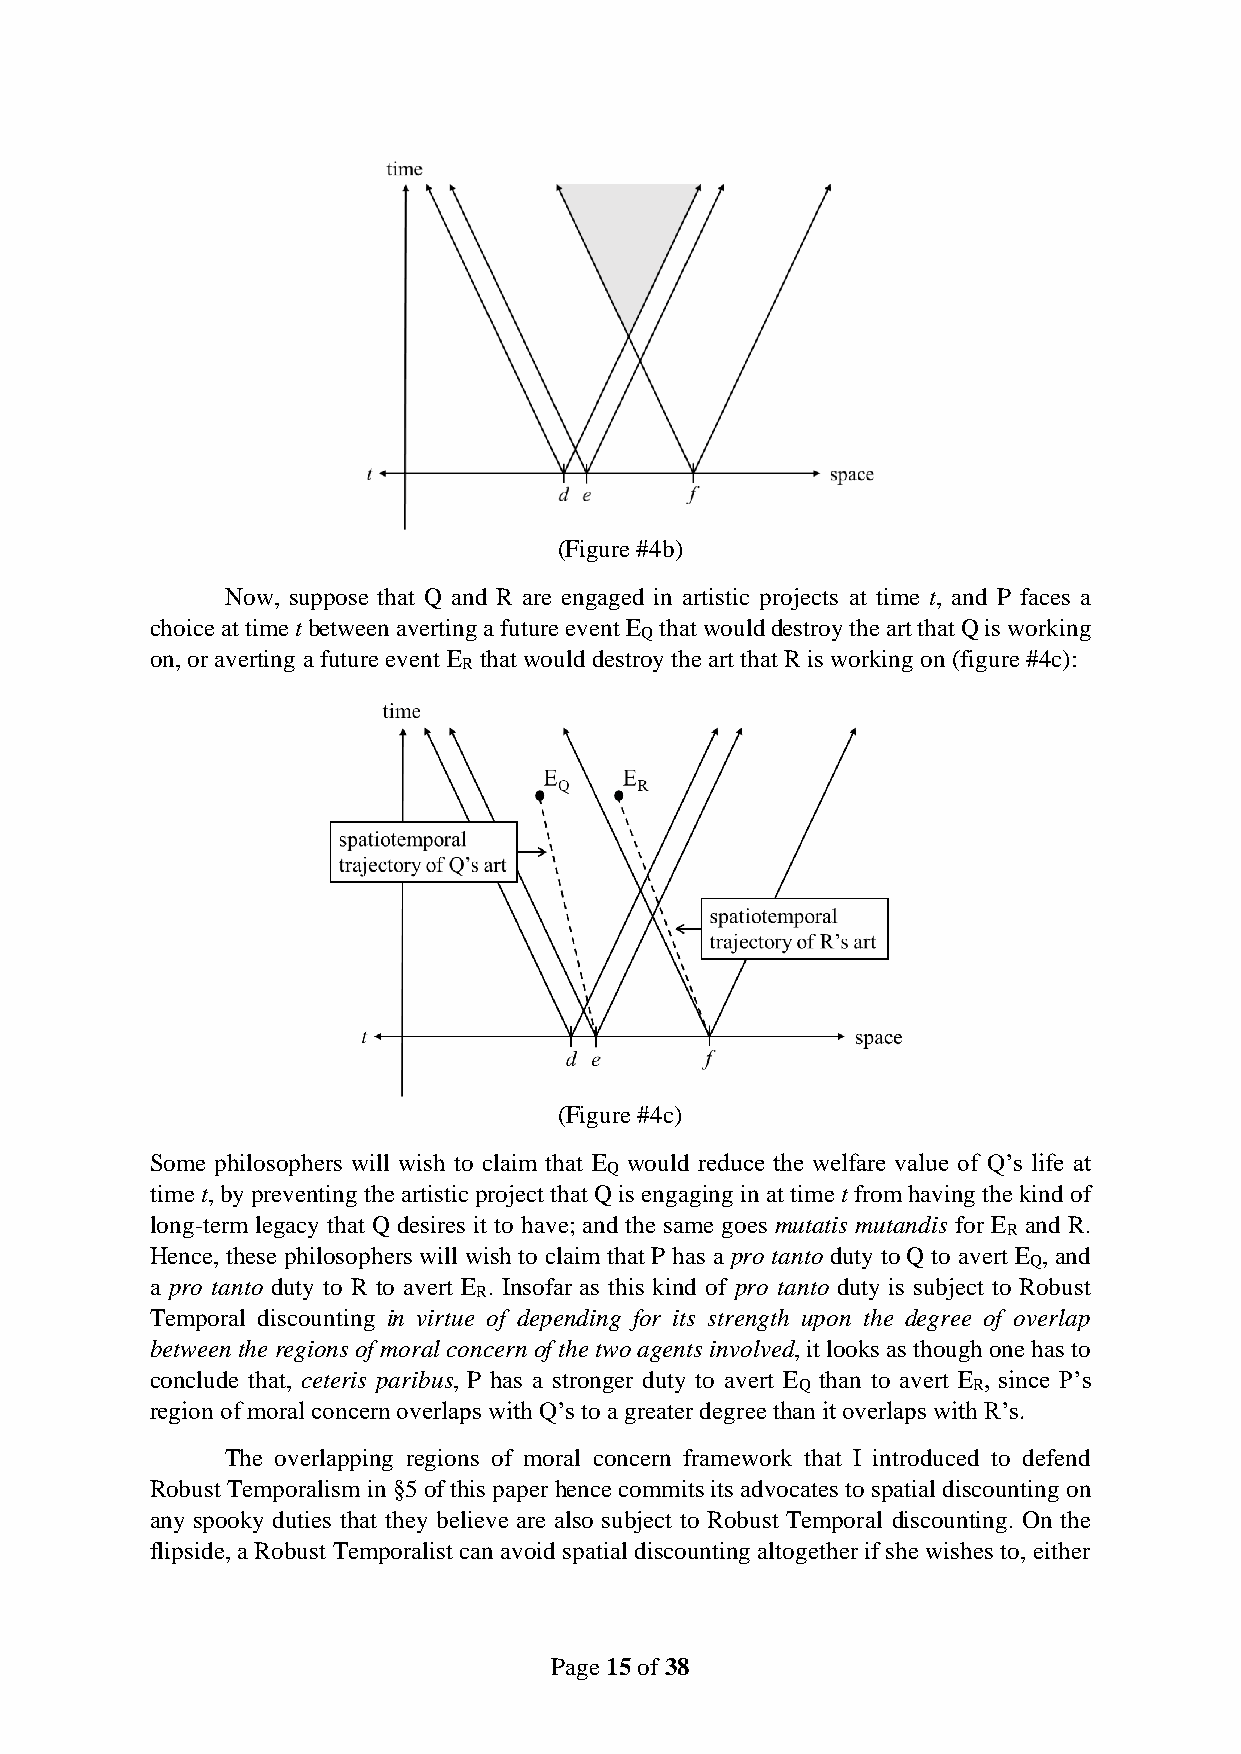
(Figure #4b)
 Now, suppose that Q and R are engaged in artistic projects at time t, and P faces a
 choice at time t between averting a future event E that would destroy the art that Q is working
 Q
 on, or averting a future event E that would destroy the art that R is working on (figure #4c):
 R
 (Figure #4c)
 Some philosophers will wish to claim that E would reduce the welfare value of Q’s life at
 Q
 time t, by preventing the artistic project that Q is engaging in at time t from having the kind of
 long-term legacy that Q desires it to have; and the same goes mutatis mutandis for E and R.
 R
 Hence, these philosophers will wish to claim that P has a pro tanto duty to Q to avert E , and
 Q
 a pro tanto duty to R to avert E . Insofar as this kind of pro tanto duty is subject to Robust
 R
 Temporal discounting in virtue of depending for its strength upon the degree of overlap
 between the regions of moral concern of the two agents involved, it looks as though one has to
 conclude that, ceteris paribus, P has a stronger duty to avert E than to avert E , since P’s
 Q          R
 region of moral concern overlaps with Q’s to a greater degree than it overlaps with R’s.
 The overlapping regions of moral concern framework that I introduced to defend
 Robust Temporalism in §5 of this paper hence commits its advocates to spatial discounting on
 any spooky duties that they believe are also subject to Robust Temporal discounting. On the
 flipside, a Robust Temporalist can avoid spatial discounting altogether if she wishes to, either
 Page 15 of 38